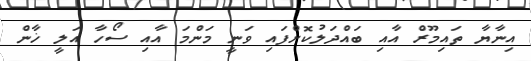
އިނާޔާ ތައިމޫރް އާއި ބައްދަލުކޮށްފައި ވަނީ މަންމަ އާއި ސޯހާ އަލީ ޚާން